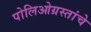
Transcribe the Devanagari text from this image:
पोलिओग्रस्तांचे